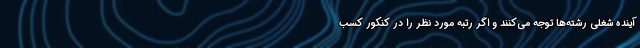
آینده شغلی رشته‌ها توجه می‌کنند و اگر رتبه مورد نظر را در کنکور کسب